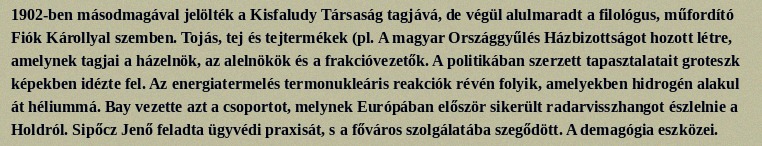
1902-ben másodmagával jelölték a Kisfaludy Társaság tagjává, de végül alulmaradt a filológus, műfordító Fiók Károllyal szemben. Tojás, tej és tejtermékek (pl. A magyar Országgyűlés Házbizottságot hozott létre, amelynek tagjai a házelnök, az alelnökök és a frakcióvezetők. A politikában szerzett tapasztalatait groteszk képekben idézte fel. Az energiatermelés termonukleáris reakciók révén folyik, amelyekben hidrogén alakul át héliummá. Bay vezette azt a csoportot, melynek Európában először sikerült radarvisszhangot észlelnie a Holdról. Sipőcz Jenő feladta ügyvédi praxisát, s a főváros szolgálatába szegődött. A demagógia eszközei.